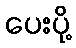
ပေးပို့